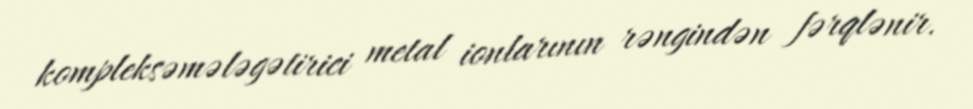
kompleksəmələgətirici metal ionlarının rəngindən fərqlənir.